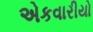
એકવારીયો